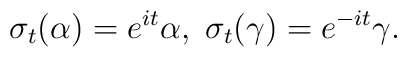
\sigma_t (\alpha) = e^{it}\alpha,\; \sigma_t (\gamma) = e^{-it}\gamma .